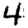
Digit: 4